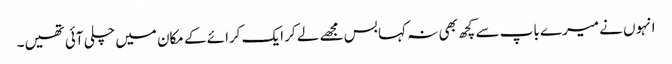
انہوں نے میرے باپ سے کچھ بھی نہ کہا بس مجھے لے کر ایک کرائے کے مکان میں چلی آئی تھیں۔